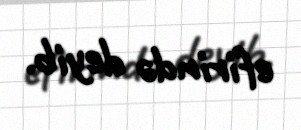
efirində deyib.